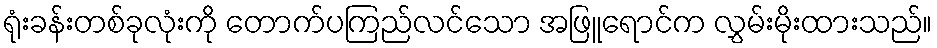
ရုံးခန်းတစ်ခုလုံးကို တောက်ပကြည်လင်သော အဖြူရောင်က လွှမ်းမိုးထားသည်။